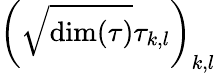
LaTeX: \left({\sqrt{\dim(\tau)}}\tau_{k,l}\right)_{k,l}